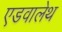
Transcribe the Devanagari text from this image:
एडवालेथ